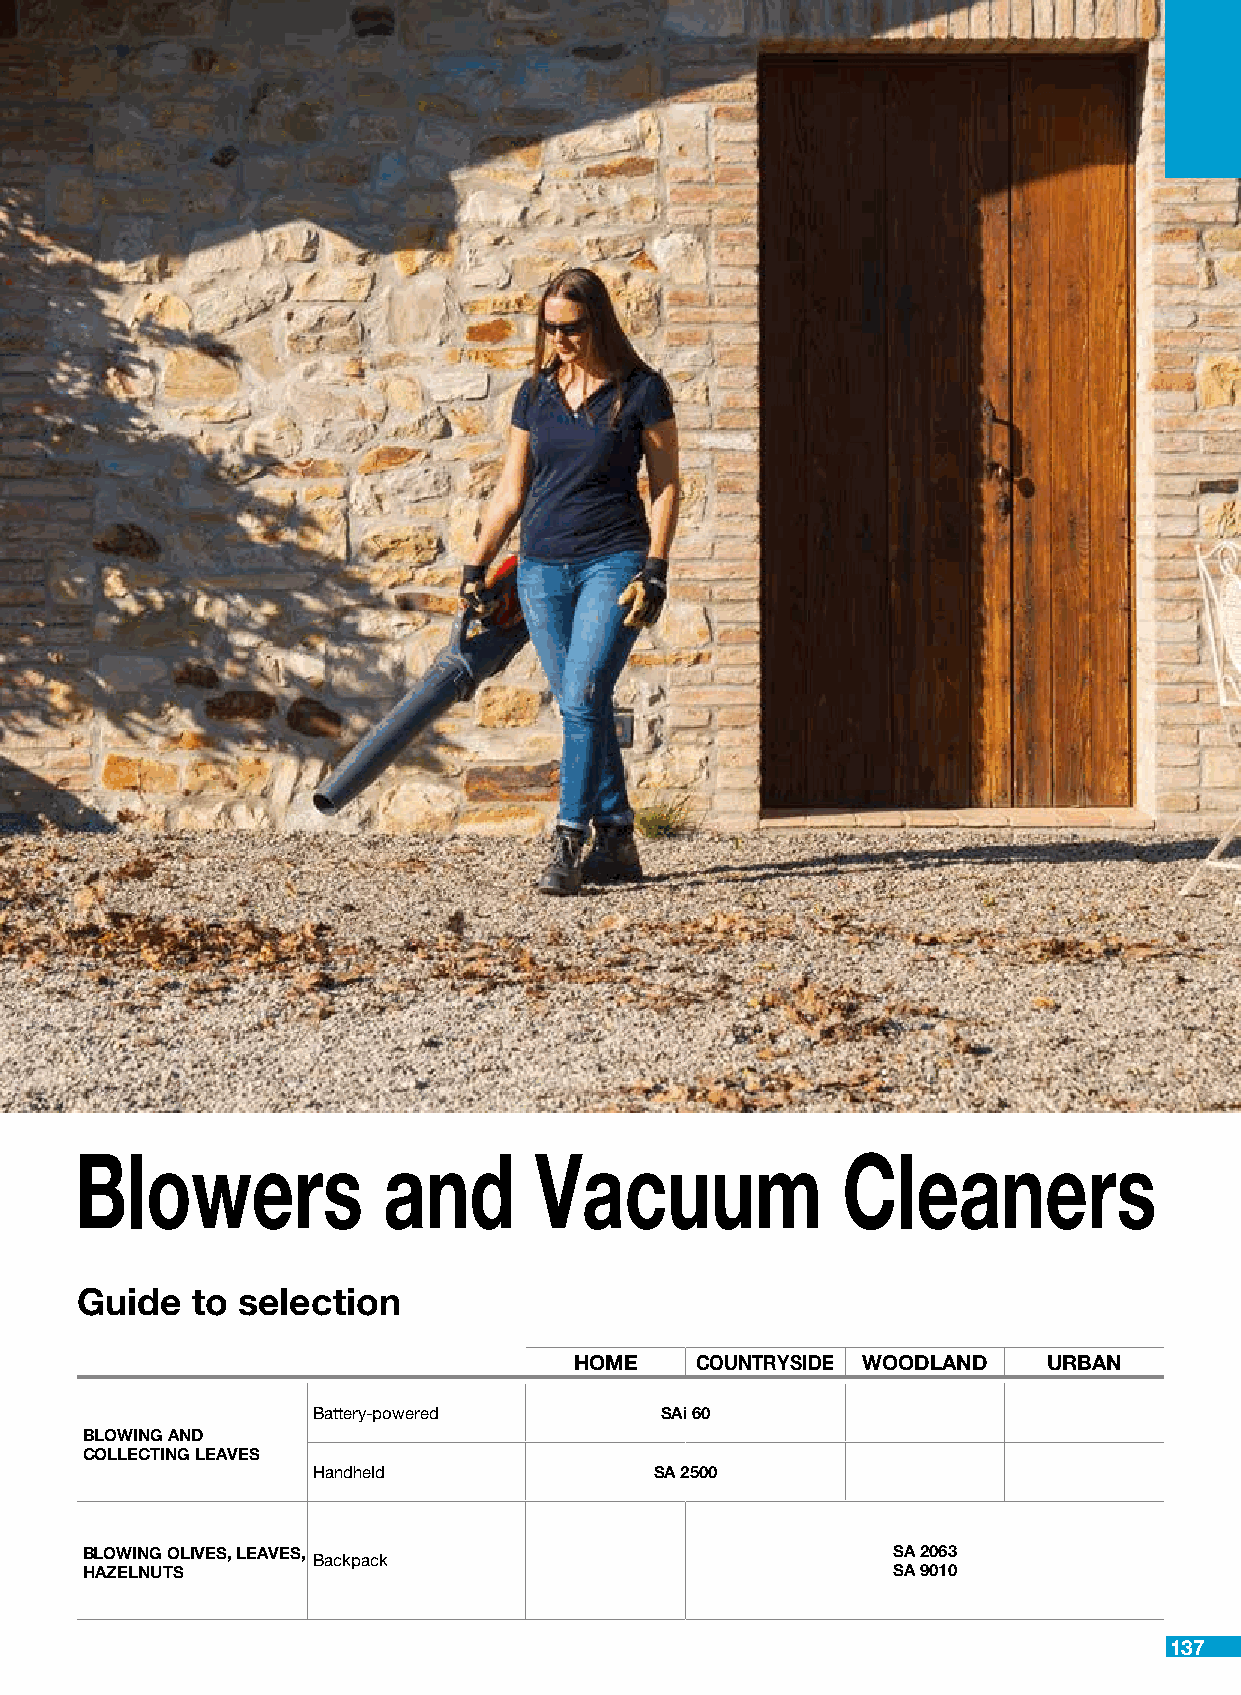
Blowers             and       Vacuum               Cleaners
 Guide   to selection
 HOME    COUNTRYSIDE WOODLAND   URBAN
 Battery-powered        SAi 60
 BLOWING AND
 COLLECTING LEAVES
 Handheld              SA 2500
 BLOWING OLIVES, LEAVES,                               SA 2063
 Backpack
 HAZELNUTS                                             SA 9010
 137